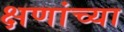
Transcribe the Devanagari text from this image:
क्षणांच्या